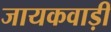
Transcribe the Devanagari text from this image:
जायकवाड़ी